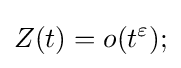
Z(t)=o(t^{\varepsilon });